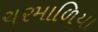
ચરમાળિયા